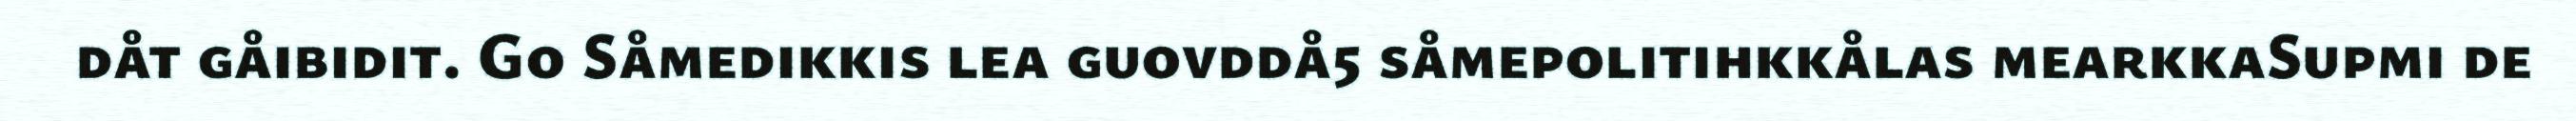
dåt gåibidit. Go Såmedikkis lea guovddå5 såmepolitihkkålas mearkkaSupmi de